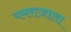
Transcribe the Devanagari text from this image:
यमराजाला